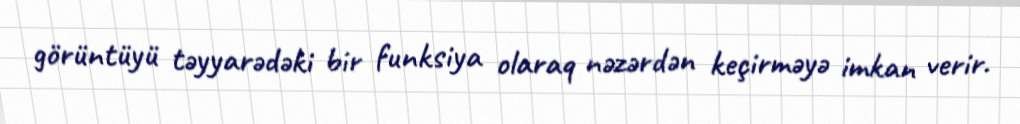
görüntüyü təyyarədəki bir funksiya olaraq nəzərdən keçirməyə imkan verir.